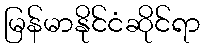
မြန်မာနိုင်ငံဆိုင်ရာ